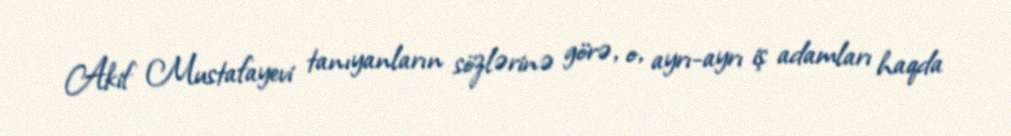
Akif Mustafayevi tanıyanların sözlərinə görə, o, ayrı-ayrı iş adamları haqda